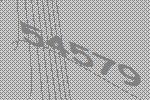
54579